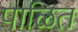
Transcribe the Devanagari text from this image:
पाळित